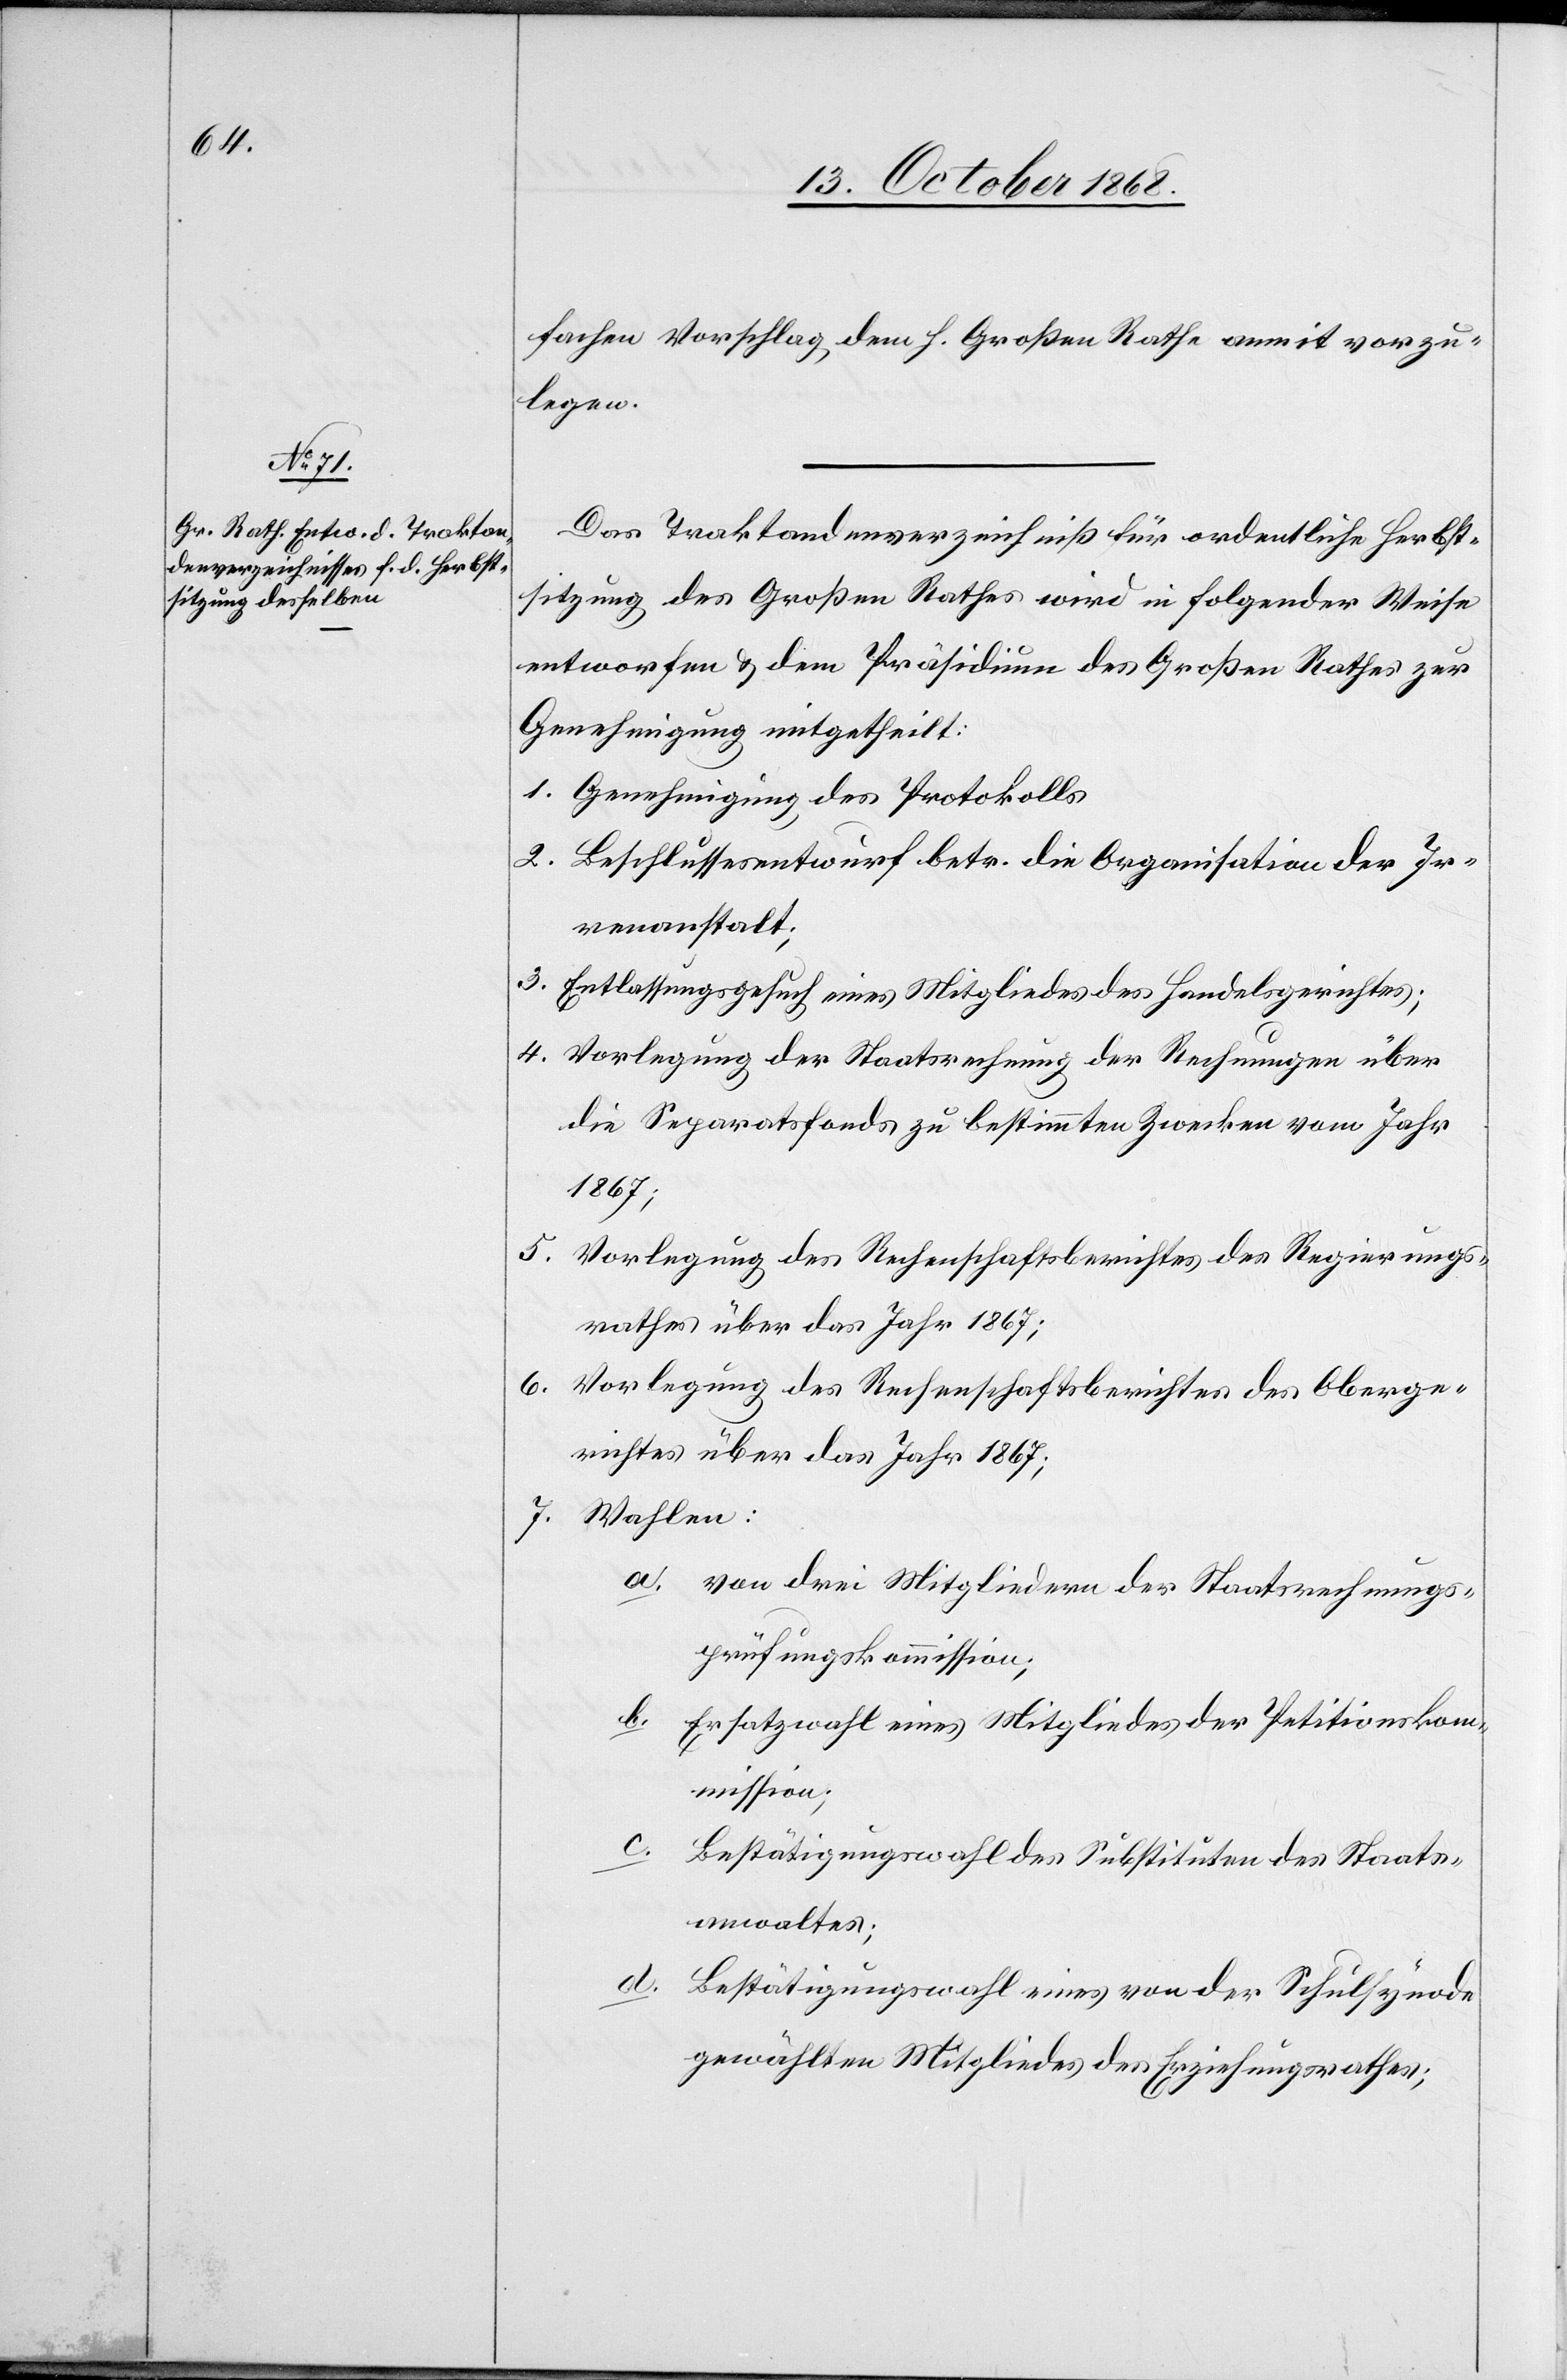
fachen Vorschlag dem h. Großen Rathe anmit vorzu¬
legen.
Das Traktandenverzeichniß für [die] ordentliche Herbst¬
sitzung des Großen Rathes wird in folgender Weise
entworfen & dem Präsidium des Großen Rathes zur
Genehmigung mitgetheilt:
Genehmigung des Protokolls
Beschlussesentwurf betr. die Organisation der Ir¬
renanstalt;
Entlassungsgesuch eines Mitgliedes des Handelsgerichtes;
Vorlegung der Staatsrechnung der Rechnungen über
die Separatfonds zu bestimmten Zwecken vom Jahr
1867;
5.
Vorlegung des Rechenschaftsberichtes des Regierungs¬
rathes über das Jahr 1867;
Vorlegung des Rechenschaftsberichtes des Oberge¬
richtes über das Jahr 1867;
7.
Wahlen:
von drei Mitgliedern der Staatsrechnungs¬
prüfungskommission;
Ersatzwahl eines Mitgliedes der Petitionskom¬
mission;
c.
Bestätigungswahl des Substituten des Staats¬
anwaltes;
d.
Bestätigungswahl eines von der Schulsynode
gewählten Mitgliedes des Erziehungsrathes;